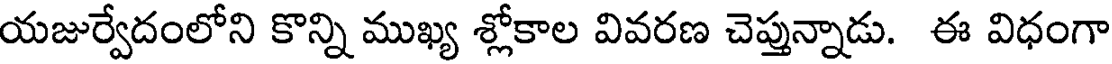
యజుర్వేదంలోని కొన్ని ముఖ్య శ్లోకాల వివరణ చెప్తున్నాడు. ఈ విధంగా